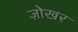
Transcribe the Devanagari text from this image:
ज़ोखर